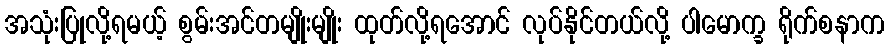
အသုံးပြုလို့ရမယ့် စွမ်းအင်တမျိုးမျိုး ထုတ်လို့ရအောင် လုပ်နိုင်တယ်လို့ ပါမောက္ခ ရိုက်စနာက